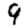
Digit: 9